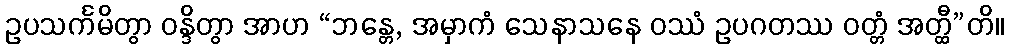
ဥပသင်္ကမိတွာ ဝန္ဒိတွာ အာဟ “ဘန္တေ, အမှာကံ သေနာသနေ ဝဿံ ဥပဂတဿ ဝတ္တံ အတ္ထီ”တိ။